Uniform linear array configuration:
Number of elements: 12
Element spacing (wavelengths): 0.75
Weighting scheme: binomial
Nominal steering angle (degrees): -45
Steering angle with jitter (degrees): -45.62
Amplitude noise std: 0.05
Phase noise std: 0.05

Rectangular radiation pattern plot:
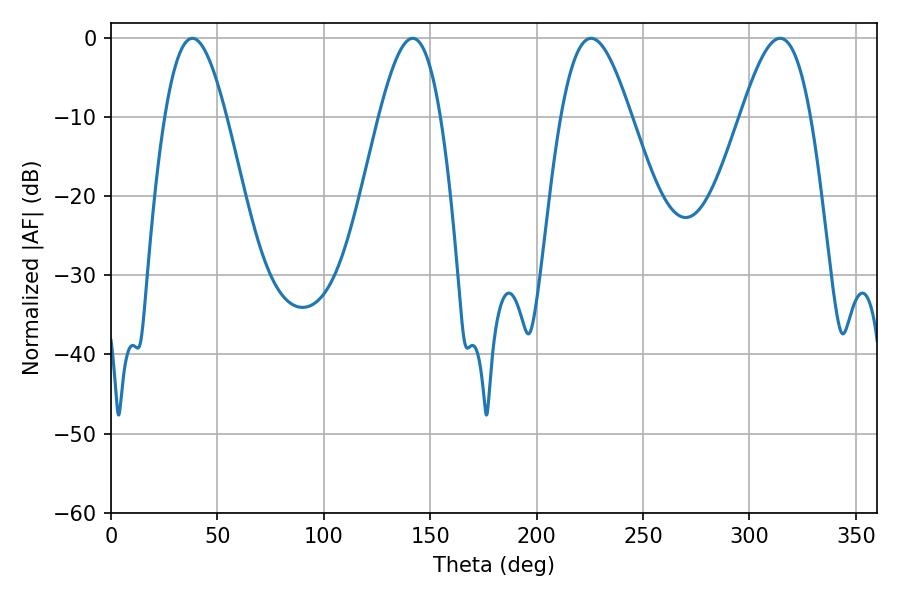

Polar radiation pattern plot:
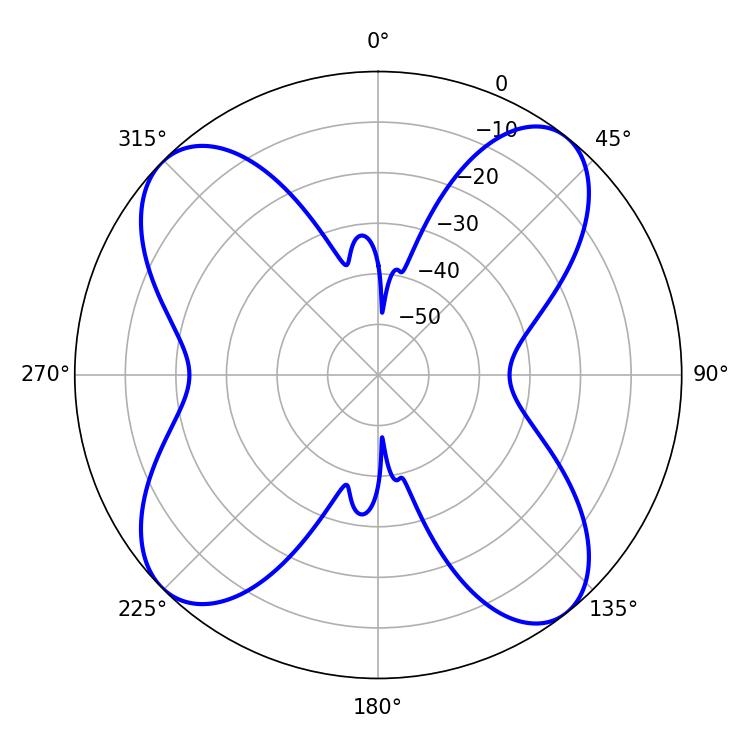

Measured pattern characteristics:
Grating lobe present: TRUE
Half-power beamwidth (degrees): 17.64
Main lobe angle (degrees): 225.54